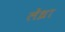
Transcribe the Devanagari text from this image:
लेंध्रा